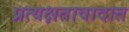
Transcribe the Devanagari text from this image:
प्रत्यक्षतावादात